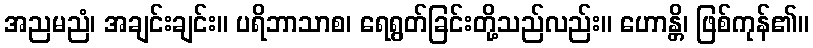
အညမညံ၊ အချင်းချင်း။ ပရိဘာသာစ၊ ရေရွတ်ခြင်းတို့သည်လည်း။ ဟောန္တိ၊ ဖြစ်ကုန်၏။